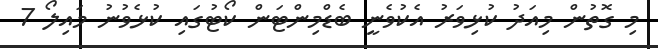
މި ގޮތުން މިއަދު ކުޅިވަރު އެކުވެނީ ބެޑްމިންޓަން ކޯޓުގައި ކުޅެވުނު މައިލޯ 7